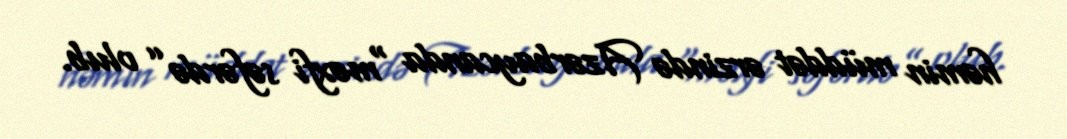
həmin müddət ərzində Azərbaycanda “məxfi səfərdə” olub.